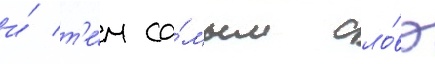
и́ т'е́м са́мым сло́во